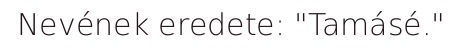
Nevének eredete: "Tamásé."